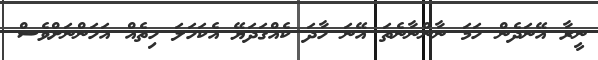
ނީރާ އޭނަދެން ހަމަ ނާންނާނެތަ އޭނަ ހާދަ ކެއްގަދަޔޭ އެކަހަލަ ހިތެއް އަހަންނަށްވެސް